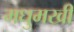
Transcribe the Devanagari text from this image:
मधुमखी